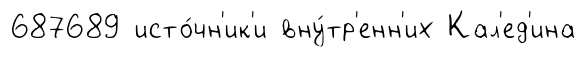
687689 исто́чн'ик'и вну́тр'енн'их Кал'ед'ина